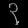
Digit: ၃